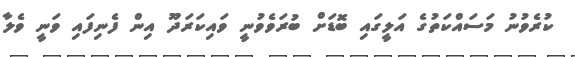
ކުރެވުނު މަސައްކަތުގެ އަލީގައި ބޮޑަށް ބުރަވެވުނީ ވައިކަރަދޫ އިން ފެނިފައި ވަނީ ވެލާ